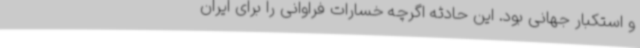
و استکبار جهانی بود. این حادثه اگرچه خسارات فراوانی را برای ایران